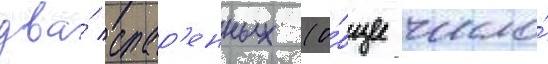
два́ спар'енных (о́бщее число́